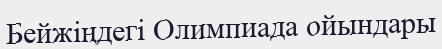
Бейжіңдегі Олимпиада ойындары